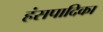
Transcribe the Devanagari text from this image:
हंसपादिका